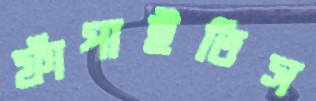
ফাঁপাইতিস